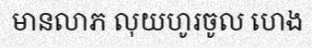
មានលាភ លុយហូរចូល ហេង